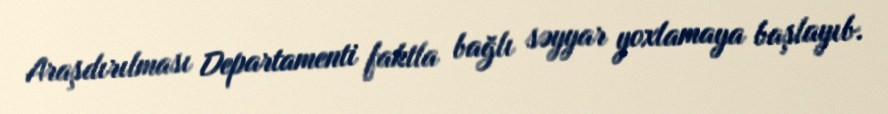
Araşdırılması Departamenti faktla bağlı səyyar yoxlamaya başlayıb.